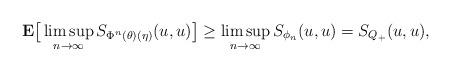
LaTeX: \begin{align*}\mathbf{E}\big[\limsup_{n\to\infty}S_{\Phi^n(\theta)(\eta)}(u,u)\big]\ge \limsup_{n\to\infty}S_{\phi_n}(u,u)= S_{Q_+}(u,u),\end{align*}